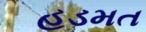
હડમત